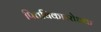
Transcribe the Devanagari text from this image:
पित्तविकाररोधक